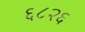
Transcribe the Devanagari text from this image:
६८२६